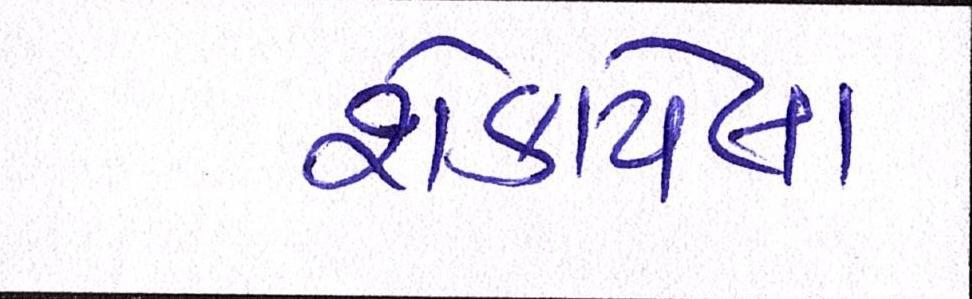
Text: શેકાયેલા